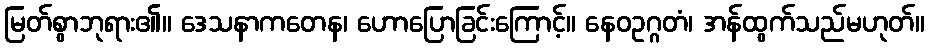
မြတ်စွာဘုရား၏။ ဒေသနာကတေန၊ ဟောပြောခြင်းကြောင့်။ နေဝဥဂ္ဂတံ၊ အန်ထွက်သည်မဟုတ်။